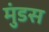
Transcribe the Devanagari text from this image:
मुंडस